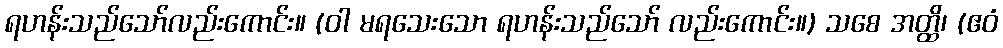
ရဟန်းသည်သော်လည်းကောင်း။ (ဝါ မရသေးသော ရဟန်းသည်သော် လည်းကောင်း။) သစေ အတ္ထိ၊ (ဧဝံ